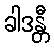
ခါဒန္တီ